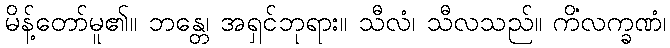
မိန့်တော်မူ၏။ ဘန္တေ၊ အရှင်ဘုရား။ သီလံ၊ သီလသည်။ ကိံလက္ခဏံ၊